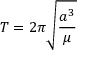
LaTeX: T = 2 \pi { \sqrt { \frac { a ^ { 3 } } { \mu } } }